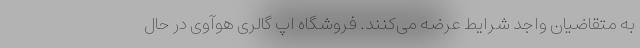
به متقاضیان واجد شرایط عرضه می‌کنند. فروشگاه اپ گالری هوآوی در حال